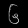
Digit: ၆